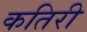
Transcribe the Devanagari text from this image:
कतिरी